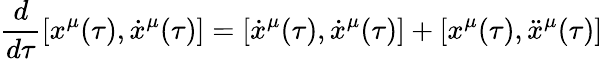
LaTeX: \frac{d}{d\tau}[x^{\mu}(\tau),\dot{x}^{\mu}(\tau)]=[\dot{x}^{\mu}(\tau),\dot{x}^{\mu}(\tau)]+[x^{\mu}(\tau),\ddot{x}^{\mu}(\tau)]